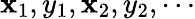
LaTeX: \mathbf{x}_{1},y_{1},\mathbf{x}_{2},y_{2},\cdots